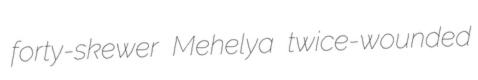
forty-skewer Mehelya twice-wounded